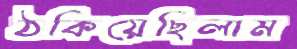
ঠকিয়েছিলাম